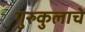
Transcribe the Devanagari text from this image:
गुरुकुलाचे